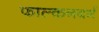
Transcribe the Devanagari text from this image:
फाल्कनबर्ग